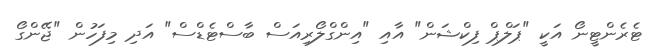
ޓެރެންޓީނޯ އަކީ "ޕަލްޕް ފިކްޝަން" އާއި "އިންގްލޯރިއަސް ބާސްޓެޑްސް" އަދި މިފަހުން "ޖޭންގޯ